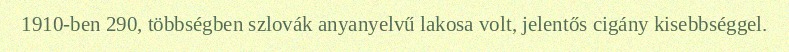
1910-ben 290, többségben szlovák anyanyelvű lakosa volt, jelentős cigány kisebbséggel.